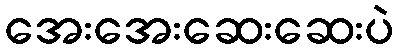
အေးအေးဆေးဆေးပဲ